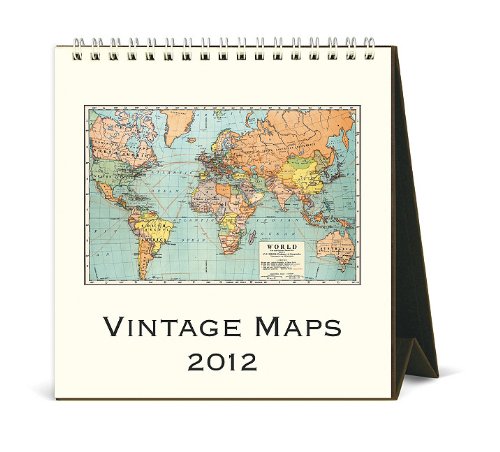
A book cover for Vintage Maps; Calendars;